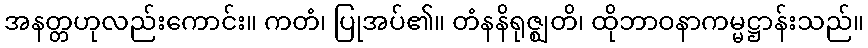
အနတ္တဟုလည်းကောင်း။ ကတံ၊ ပြုအပ်၏။ တံနနိရုဇ္ဈတိ၊ ထိုဘာဝနာကမ္မဋ္ဌာန်းသည်။